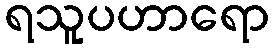
ရသူပဟာရော